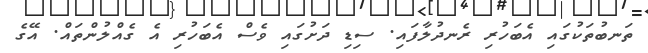
ތަނބުތަކުގައި އެބަހުރި ރެނދުލާފައި. ސިޑި ދަށުގައި ވެސް އެބަހުރި އެ ގެއްލުންތައް. އޭގެ